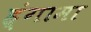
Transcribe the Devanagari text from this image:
ह्ंगामा